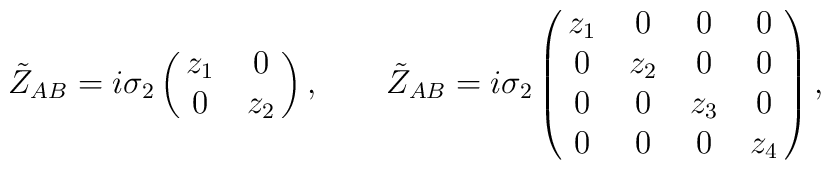
\tilde Z_{AB} = i \sigma_2 \left (\matrix{z_1 & 0  \cr0 & z_2  \cr}\right )  , \qquad\tilde Z_{AB } = i \sigma_2\left (\matrix{z_1 & 0 & 0 & 0 \cr0 & z_2 & 0 & 0 \cr0 & 0 & z_3 & 0 \cr0 & 0 & 0 & z_4 \cr}\right )  ,